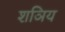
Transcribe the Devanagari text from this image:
शञिय